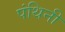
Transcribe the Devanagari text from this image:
पंथिनी